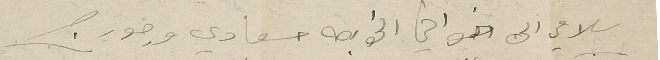
سلامي الى اخواني الخواجه سعادي وجورج